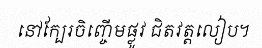
នៅក្បែរចិញ្ចើមផ្លូវ ជិតវត្តលៀប។